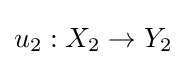
u_{2}:X_{2}\to Y_{2}